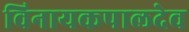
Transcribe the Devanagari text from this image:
विनायकपालदेव